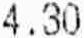
4.30